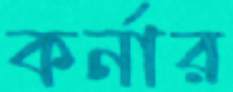
কর্নার